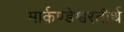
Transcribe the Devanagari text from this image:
मार्कण्डेश्वरतीर्थ